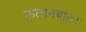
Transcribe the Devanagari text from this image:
ऊलानबातर